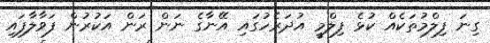
ގިނަ ފިލްމުތަކެއް ކުޅެ ފިލްމީ އުދަރެހުގައި އޭނާގެ ނަން ރަން އަކުރުން ފަވާލާފައި